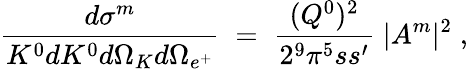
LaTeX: \frac{d\sigma^{m}}{K^{0}dK^{0}d\Omega_{K}d\Omega_{e^{+}}}\; =\; \frac{(Q^{0})^{2}}{2^{9}\pi^{5}ss^{\prime}}\; |A^{m}|^{2}\; ,